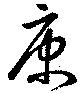
康